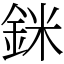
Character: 銤